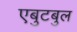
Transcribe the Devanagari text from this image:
एबुटबुल